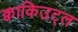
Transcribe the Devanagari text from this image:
क्वाकिउट्ल